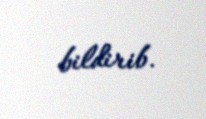
bildirib.